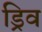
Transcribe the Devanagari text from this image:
ड्रिव